Scottish Leaving Certificate Examination, 1951
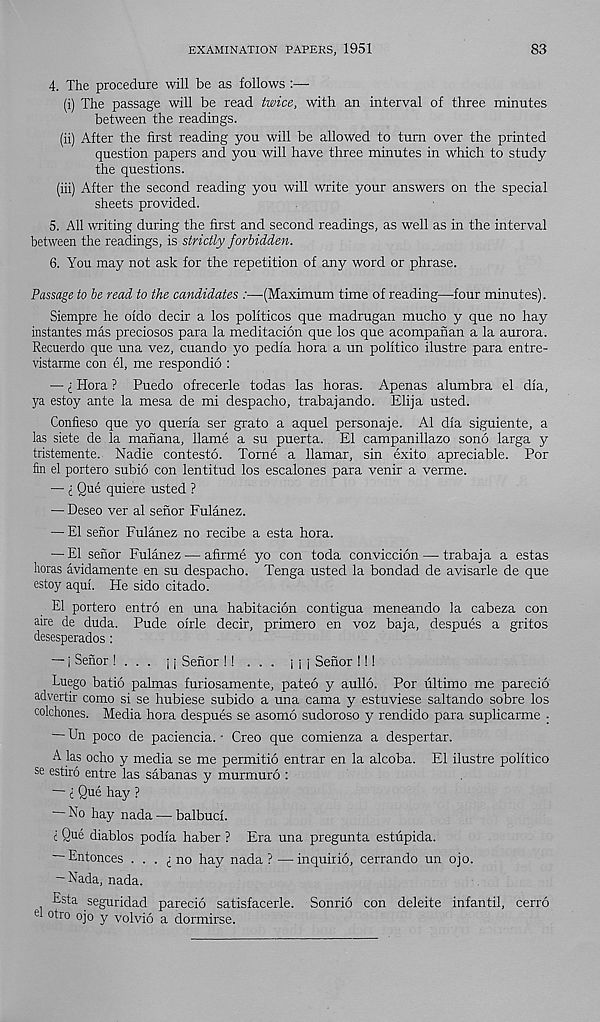
EXAMINATION PAPERS, 1951
83
4. The procedure will be as follows :—
(i) The passage will be read twice, with an interval of three minutes
between the readings.
(ii) After the first reading you will be allowed to turn over the printed
question papers and you will have three minutes in which to study
the questions.
(iii) After the second reading you will write your answers on the special
sheets provided.
5. All writing during the first and second readings, as well as in the interval
between the readings, is strictly forbidden.
6. You may not ask for the repetition of any word or phrase.
Passage to be read to the candidates :—(Maximum time of reading—-four minutes).
Siempre he oido decir a los politicos que madrugan mucho y que no hay
instantes mas preciosos para la meditacion que los que acompanan a la aurora.
Recuerdo que una vez, cuando yo pedia hora a un politico ilustre para entre-
vistarme con el, me respondio :
— I Hora ? Puedo ofrecerle todas las horas. Apenas alumbra el dia,
ya estoy ante la mesa de mi despacho, trabajando. Elija usted.
Confieso que yo queria ser grato a aquel personaje. A1 dia siguiente, a
las siete de la manana, llame a su puerta. El campanillazo sono larga y
tristemente. Nadie contesto. Torne a llamar, sin exito apreciable. Por
fin el portero subio con lentitud los escalones para venir a verme.
— i Que quiere usted ?
— Deseo ver al senor Fulanez.
— El senor Fulanez no recibe a esta hora.
—'El senor Fulanez — afirme yo con toda conviccion — trabaja a estas
boras avidamente en su despacho. Tenga usted la bondad de avisarle de que
estoy aqui. He sido citado.
El portero entro en una habitacion contigua meneando la cabeza con
aire de duda. Pude oirle decir, primero en voz baja, despues a gritos
desesperados :
— i Senor! . . . j; Senor !! ... j j j Senor !!!
Luego batio palmas furiosamente, pateo y aullo. Por ultimo me parecio
advertir como si se hubiese subido a una cama y estuviese saltando sobre los
colchones. Media hora despues se asomo sudoroso y rendido para suplicarme •
— Un poco de paciencia. • Creo que comienza a despertar.
A las ocho y media se me permitio entrar en la alcoba. El ilustre politico
se estiro entre las sabanas y murmuro :
— t Que hay ?
No hay nada — balbuci.
t Q u e diablos podia haber ? Era una pregunta estupida.
— Entonces . . . ,; no hay nada ? — inquirio, cerrando un ojo.
— Nada, nada.
. se g ur idad parecio satisfacerle. Sonrio con deleite infantil, cerro
el otro ojo y volvio a dormirse.